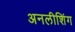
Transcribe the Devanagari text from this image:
अनलीशिंग